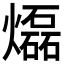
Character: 𤑭